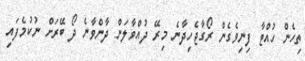
ތިހެން ހުއްޓާ ފިނިވެގެން ރޯގާޖެހިދާނެ މިރޭ ދުއްވާލަން ދާންވާނެ ދޯ ބޭރަށް ނުކުމެފައި